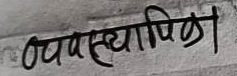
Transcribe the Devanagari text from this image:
व्यवस्थापिका